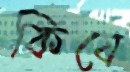
কিযে